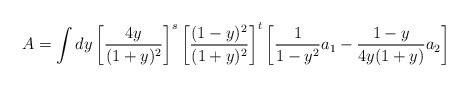
\begin{align*}A = \int dy \left[ \frac{4y}{(1+y)^2} \right]^s\left[ \frac{(1-y)^2}{(1+y)^2} \right]^t \left[ \frac{1}{1-y^2} a_1 - \frac{1-y}{4 y (1+y)} a_2 \right]\end{align*}